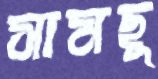
সামছু